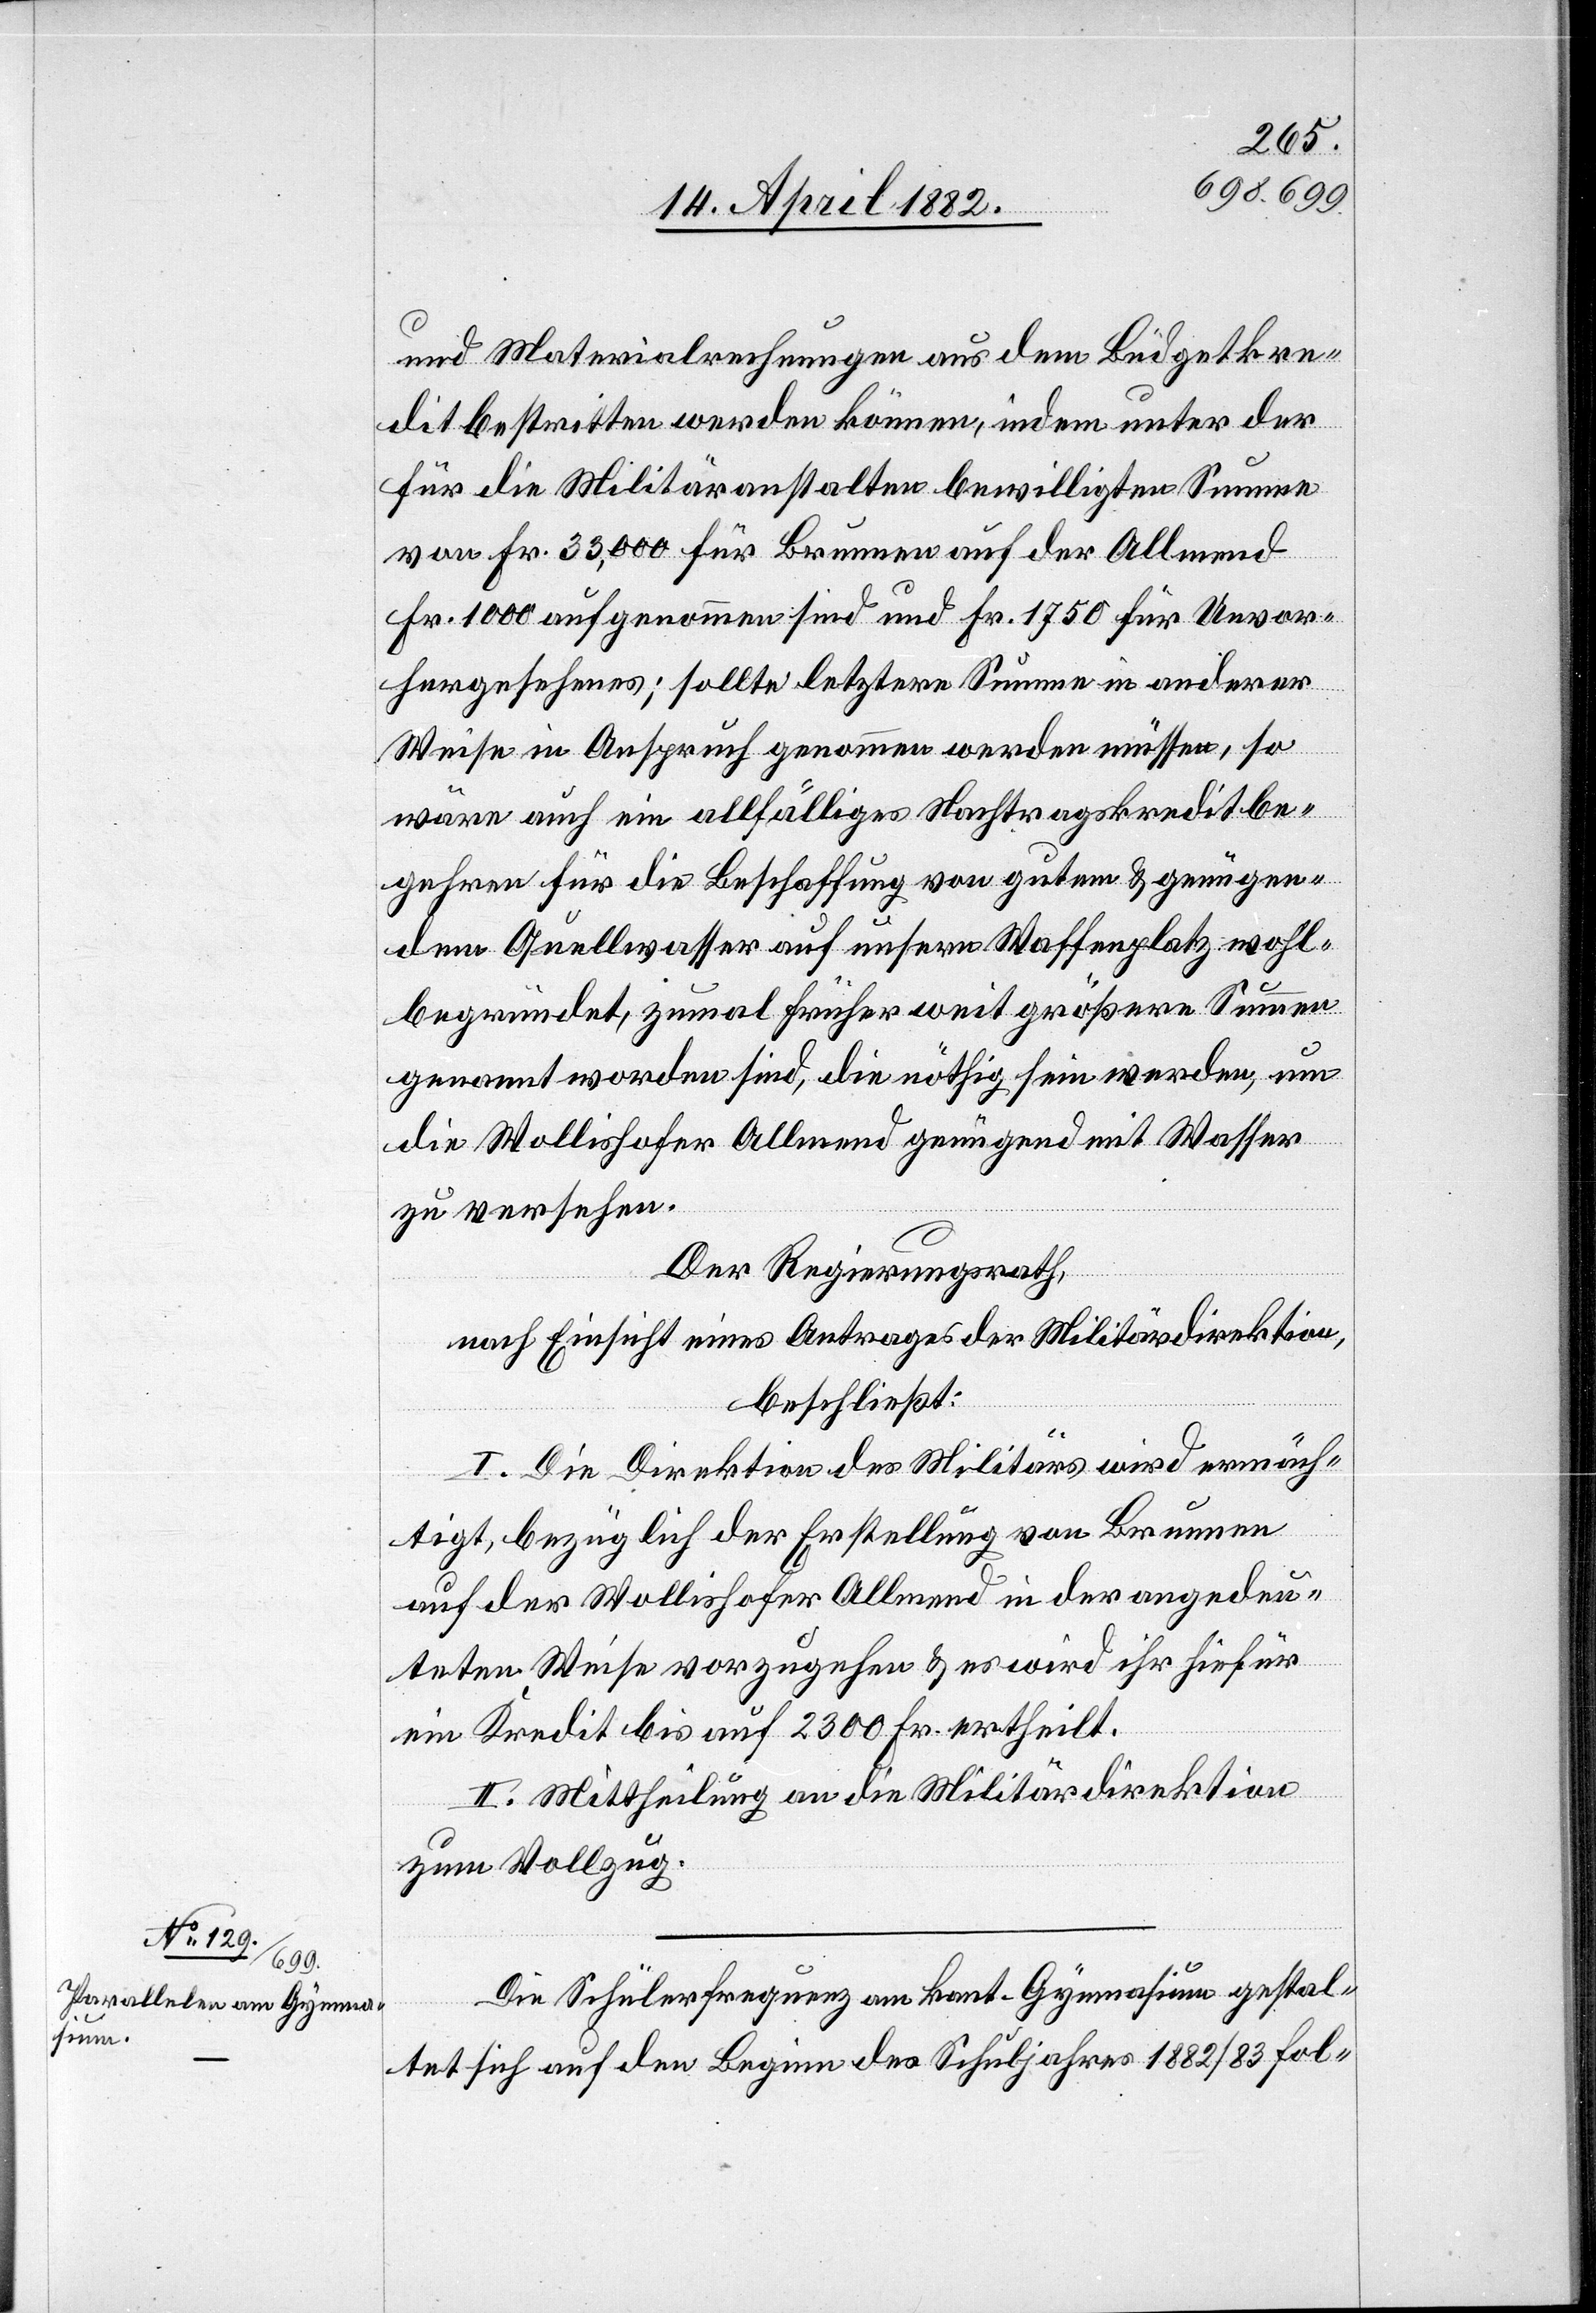
und Materialrechnungen aus dem Büdgetkre¬
dit bestritten werden können, indem unter der
für die Militäranstalten bewilligten Summe
von Fr. 33,000 für Brunnen auf der Allmend
Fr. 1000 aufgenommen sind und Fr. 1750 für Unvor¬
hergesehenes; sollte letztere Summe in anderer
Weise in Anspruch genommen werden müssen, so
wäre auch ein allfälliges Nachtragskreditbe¬
gehren für die Beschaffung von gutem & genügen¬
dem Quellwasser auf unsern Waffenplatz wohl¬
begründet, zumal früher weit größere Summen
genannt worden sind, die nöthig sein werden, um
die Wollishofer Allmend genügend mit Wasser
zu versehen.
Der Regierungsrath,
nach Einsicht eines Antrages der Militärdirektion,
beschließt:
I. Die Direktion des Militärs wird ermäch¬
tigt, bezüglich der Erstellung von Brunnen
auf der Wollishofer Allmend in der angedeu¬
teten Weise vorzugehen & es wird ihr hiefür
ein Kredit bis auf 2300 Fr. ertheilt.
II. Mittheilung an die Militärdirektion
zum Vollzug.
Die Schülerfrequenz am kant. Gymnasium gestal¬
tet sich auf den Beginn des Schuljahres 1882/83 fol-